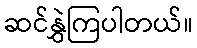
ဆင်နွှဲကြပါတယ်။